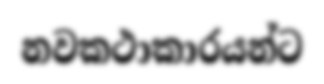
නවකථාකාරයන්ට